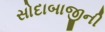
સોદાબાજીની